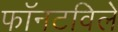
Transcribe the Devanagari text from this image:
फॉनटविले